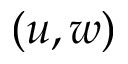
( u , w )